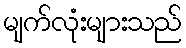
မျက်လုံးများသည်